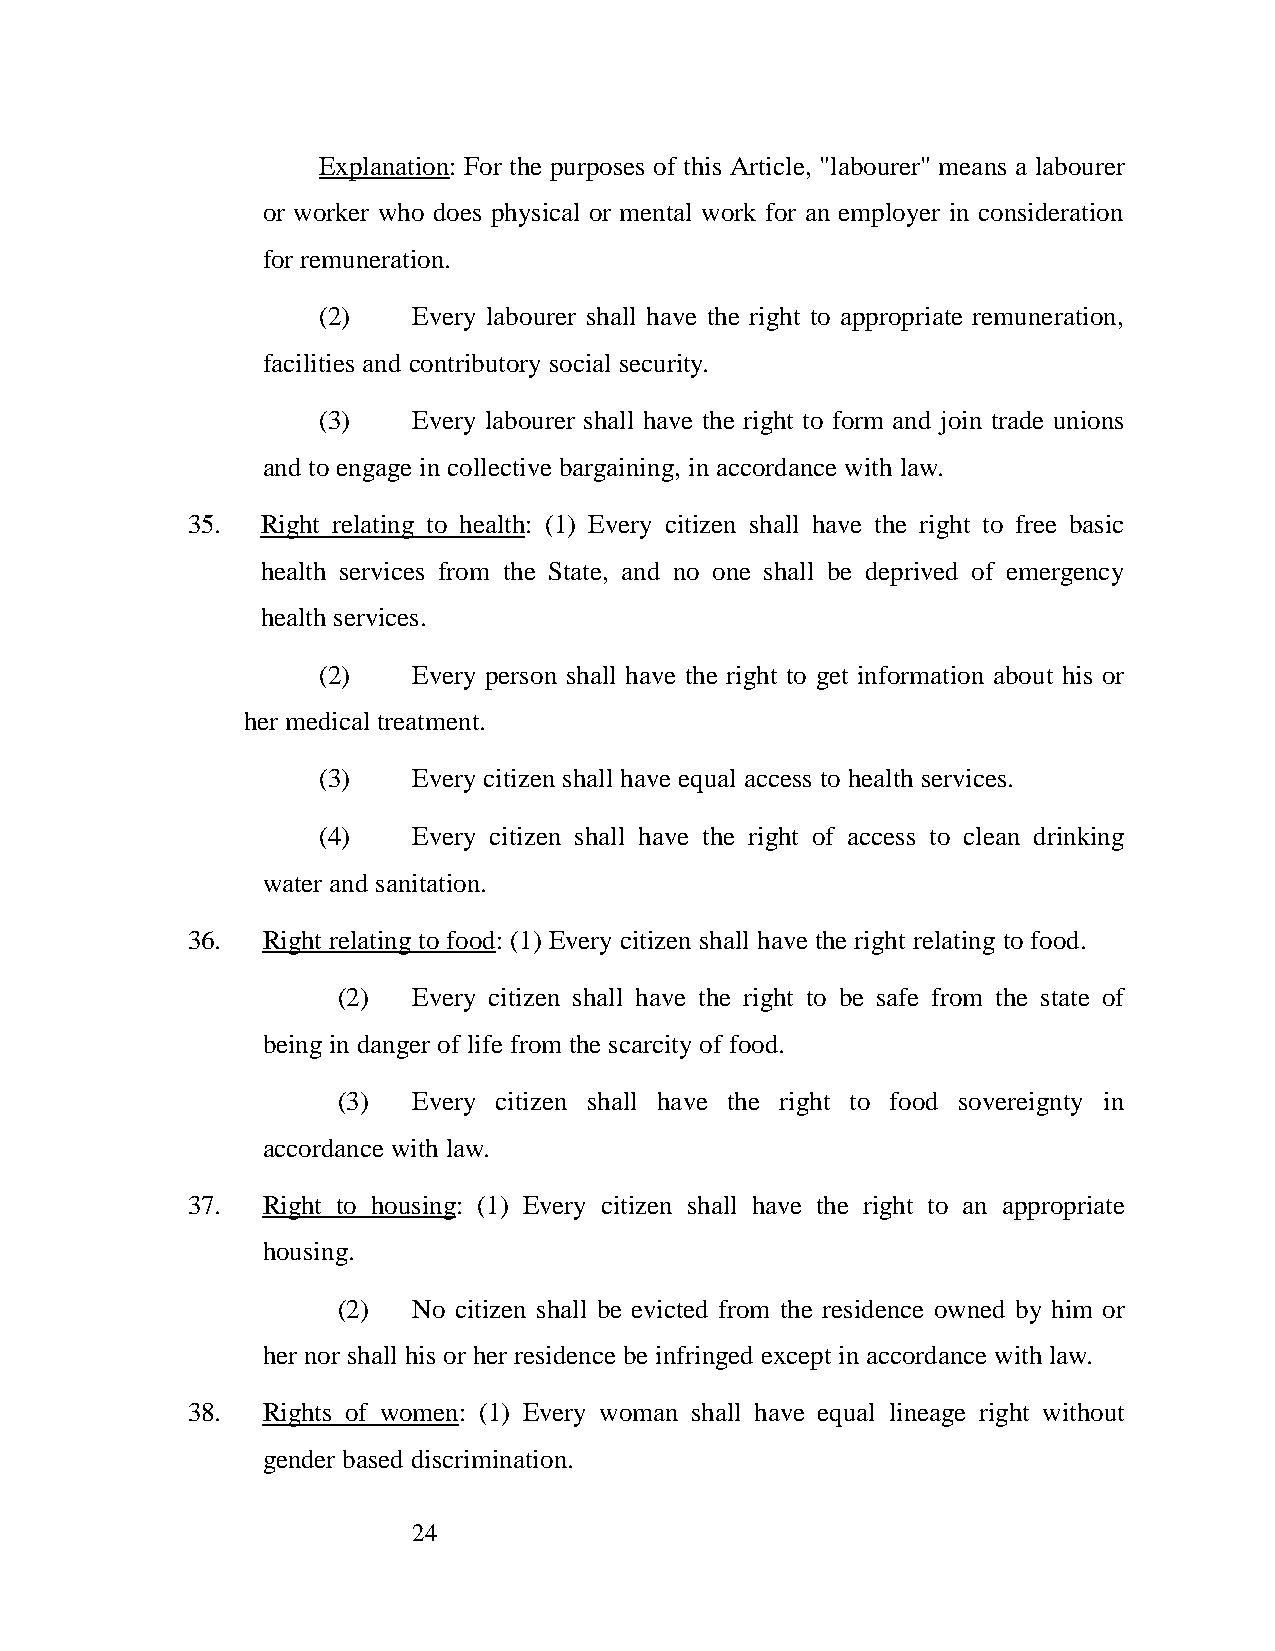
Explanation: For the purposes of this Article, "labourer" means a labourer
 or worker who does physical or mental work for an employer in consideration
 for remuneration.
 (2)   Every labourer shall have the right to appropriate remuneration,
 facilities and contributory social security.
 (3)   Every labourer shall have the right to form and join trade unions
 and to engage in collective bargaining, in accordance with law.
 35.  Right relating to health: (1) Every citizen shall have the right to free basic
 health services from the State, and no one shall be deprived of emergency
 health services.
 (2)   Every person shall have the right to get information about his or
 her medical treatment.
 (3)   Every citizen shall have equal access to health services.
 (4)   Every citizen shall have the right of access to clean drinking
 water and sanitation.
 36.  Right relating to food: (1) Every citizen shall have the right relating to food.
 (2)  Every citizen shall have the right to be safe from the state of
 being in danger of life from the scarcity of food.
 (3)  Every citizen shall have the right to food sovereignty in
 accordance with law.
 37.  Right to housing: (1) Every citizen shall have the right to an appropriate
 housing.
 (2)  No citizen shall be evicted from the residence owned by him or
 her nor shall his or her residence be infringed except in accordance with law.
 38.  Rights of women: (1) Every woman shall have equal lineage right without
 gender based discrimination.
 24